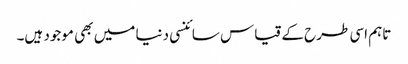
تاہم اسی طرح کے قیاس سائنسی دنیا میں بھی موجود ہیں۔